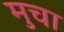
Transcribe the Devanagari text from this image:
मुचा